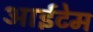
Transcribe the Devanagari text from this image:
आईटेम